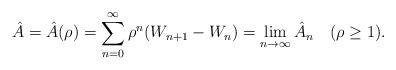
LaTeX: \begin{align*}\hat{A}=\hat{A}(\rho)=\sum_{n=0}^{\infty}\rho^{n}(W_{n+1}-W_n)=\lim_{n\rightarrow\infty}\hat{A}_n \quad(\rho\geq1).\end{align*}